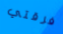
فرقتي